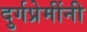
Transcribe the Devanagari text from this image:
दुर्गप्रेमींनी